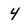
Character: 4